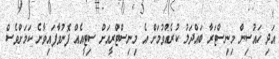
އަދި ހައުސިން މިނިސްޓަރާ ބައްދަލު ކުރެއްވުމަށް އެ މިނިސްޓްރީއަށް ސިޓީއެއް ފޮނުވާފައިވާނެ ކަމަށްވެސް